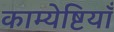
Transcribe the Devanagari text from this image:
काम्येष्टियाँ